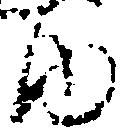
内